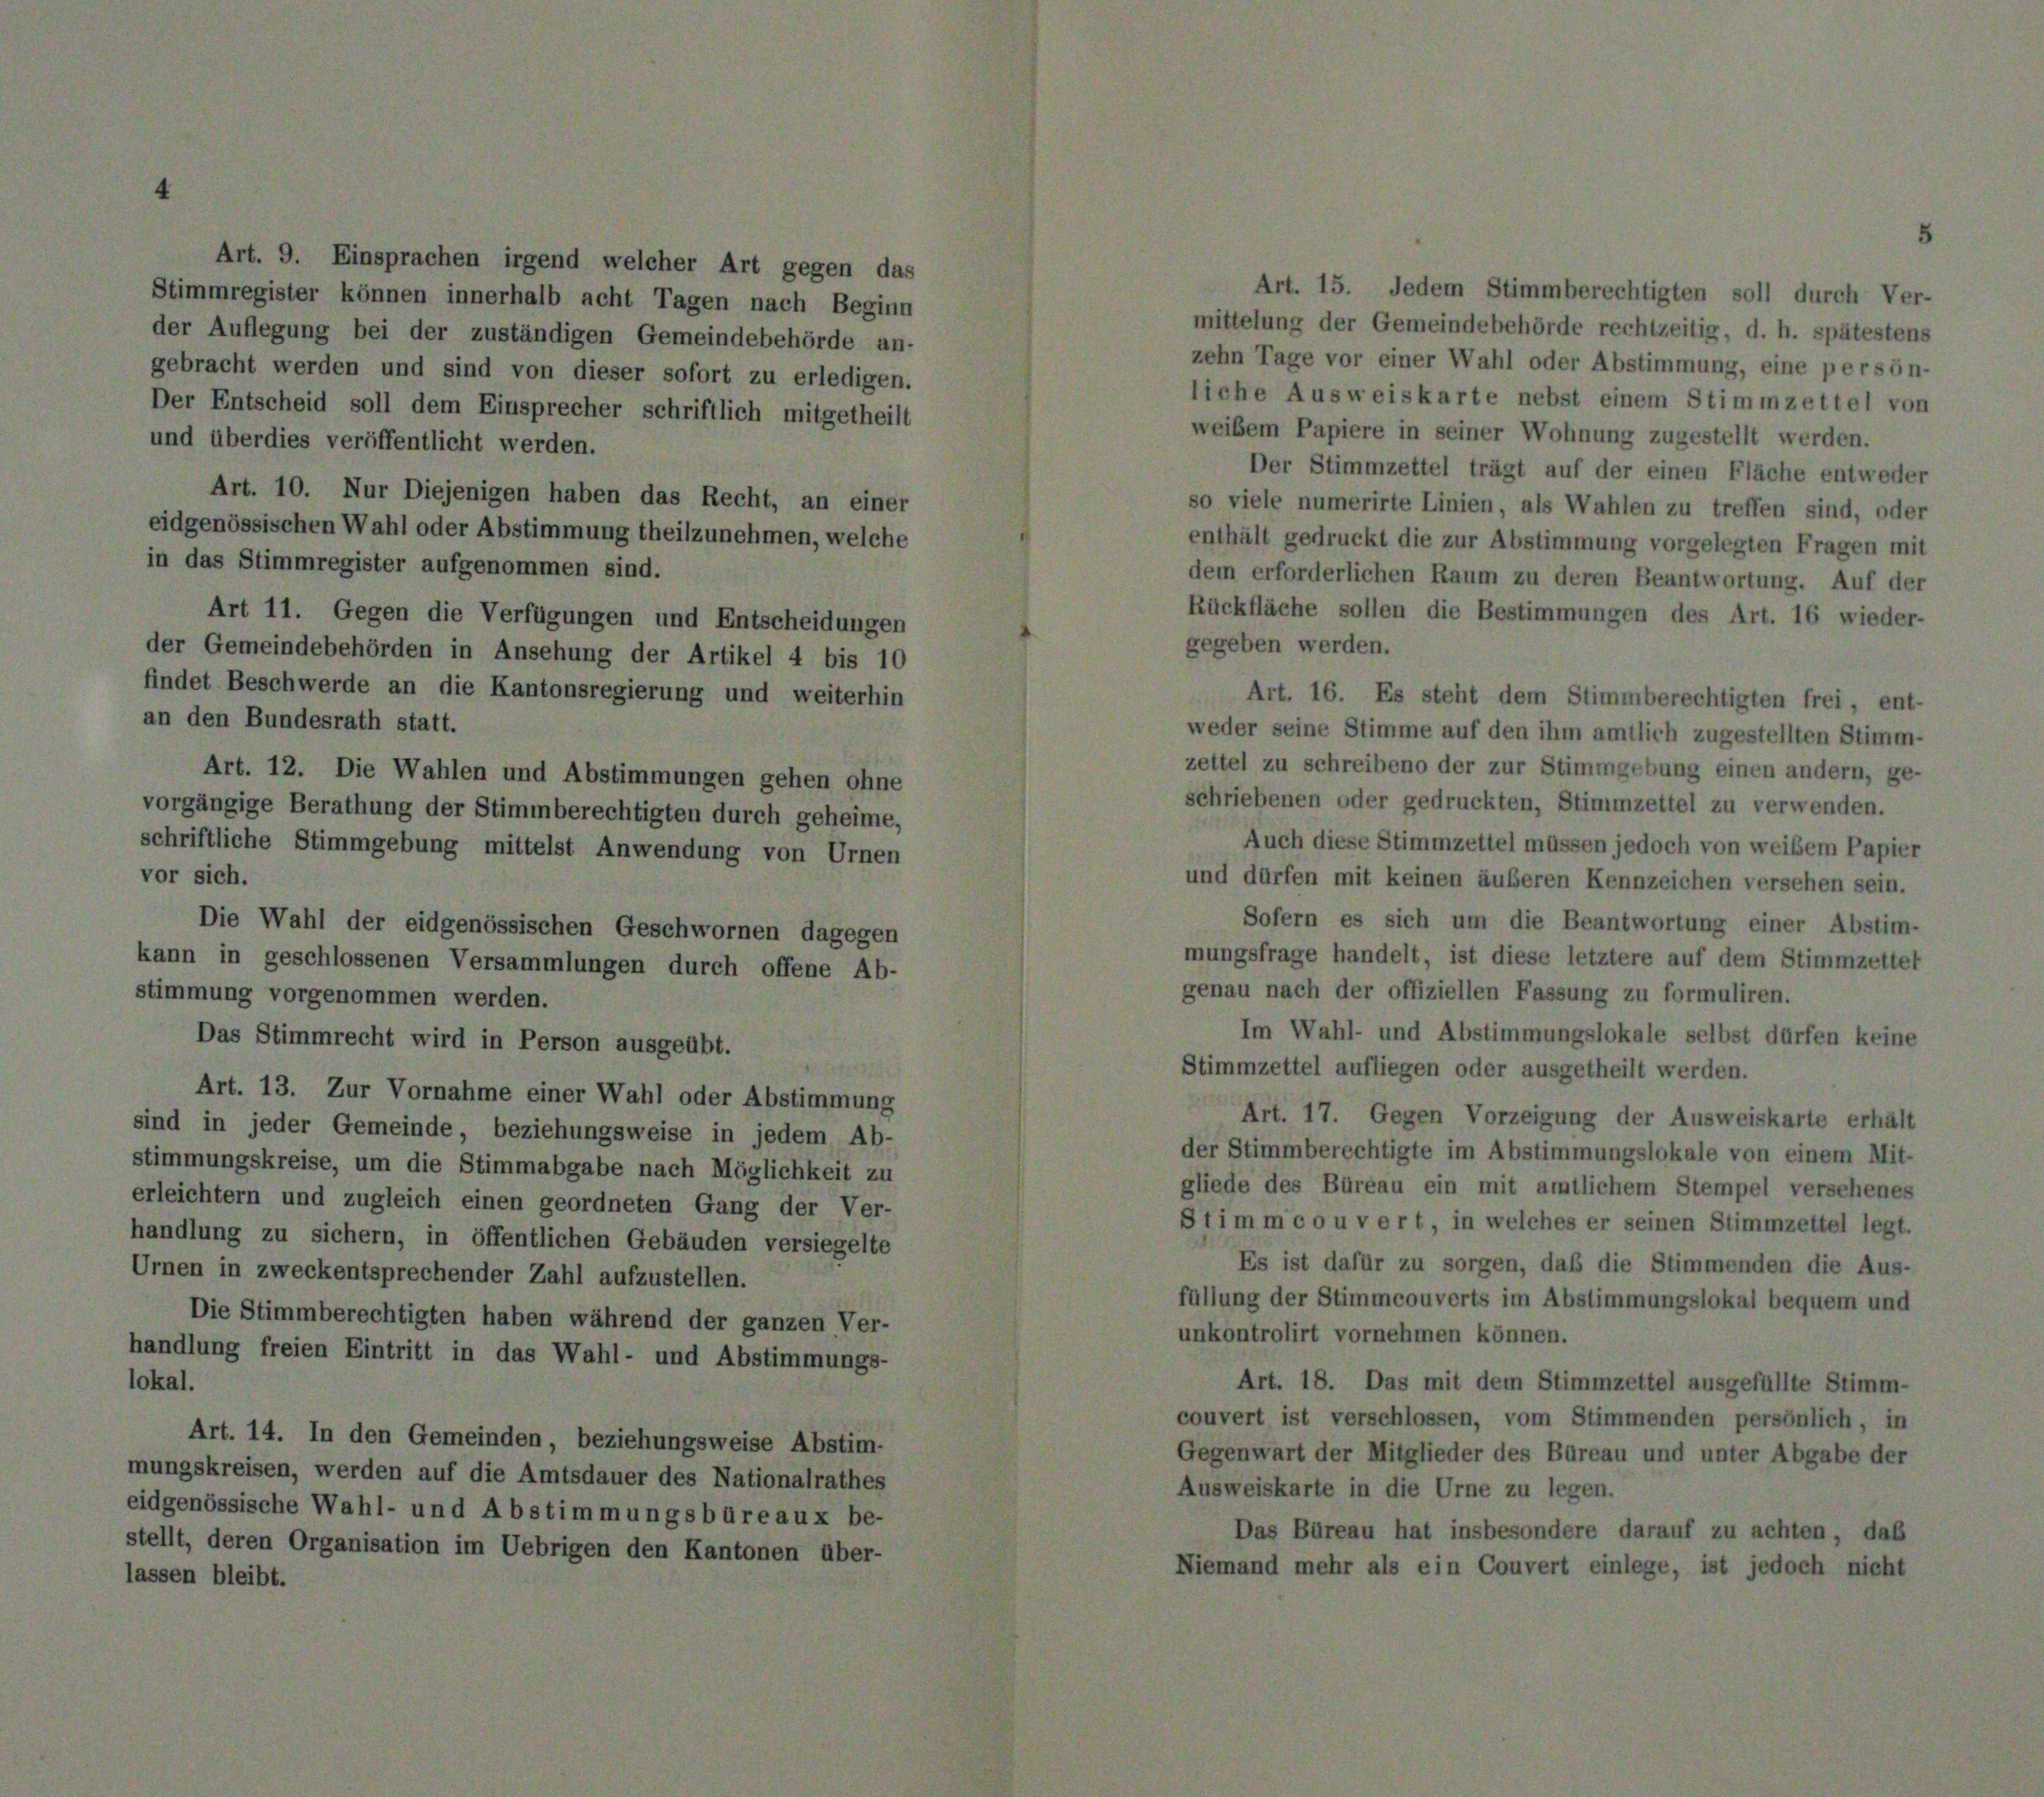
Nur Diejenigen haben das
Wahl oder Abstimmung theilz
gister aufgenommen sind.

de

den
ahl-

der Stimmberechtigten durch
ung mittelst Anwendung von

f die 4
d Ab.

Die Wahlen und Abstimmungen geh

8

und Entsche
ler Artikel 4

v

ichern, in öffentlichen Gebäuden vers
entsprechender Zahl aufzustellen.
berechtigten haben während der ganze
 Eintritt in das Wahl- und Abstim

s